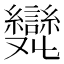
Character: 𠮖